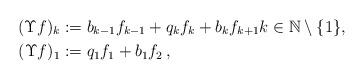
LaTeX: \begin{align*} (\Upsilon f)_k&:= b_{k-1}f_{k-1} + q_k f_k + b_kf_{k+1} k \in \mathbb{N} \setminus \{1\},\\ (\Upsilon f)_1&:=q_1 f_1 + b_1 f_2\,,\end{align*}